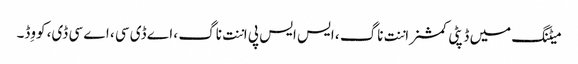
میٹنگ میں ڈپٹی کمشنر اننت ناگ ، ایس ایس پی اننت ناگ ، اے ڈی سی ، اے سی ڈی، کووِڈ۔